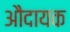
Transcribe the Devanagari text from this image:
औदायक